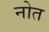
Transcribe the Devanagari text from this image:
नोत